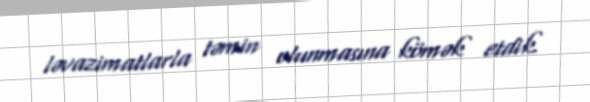
ləvazimatlarla təmin olunmasına kömək etdik.